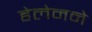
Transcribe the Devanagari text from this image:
हेलेनने